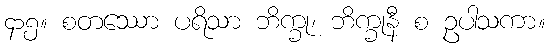
၄၁၅။ စတဿော ပရိသာ ဘိက္ခု၊ ဘိက္ခုနီ စ ဥပါသကာ။